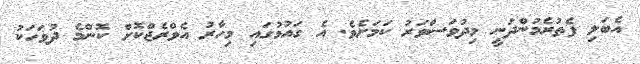
އެބަލި ފެތުރެމުންދަނީ މިދުވަސްވަރު ކަމަށެވެ. އެ ގައުމުގައި މިހާރު އެވްރެޖްކޮށް ކޮންމެ ދުވަހަކު